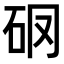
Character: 𥐼